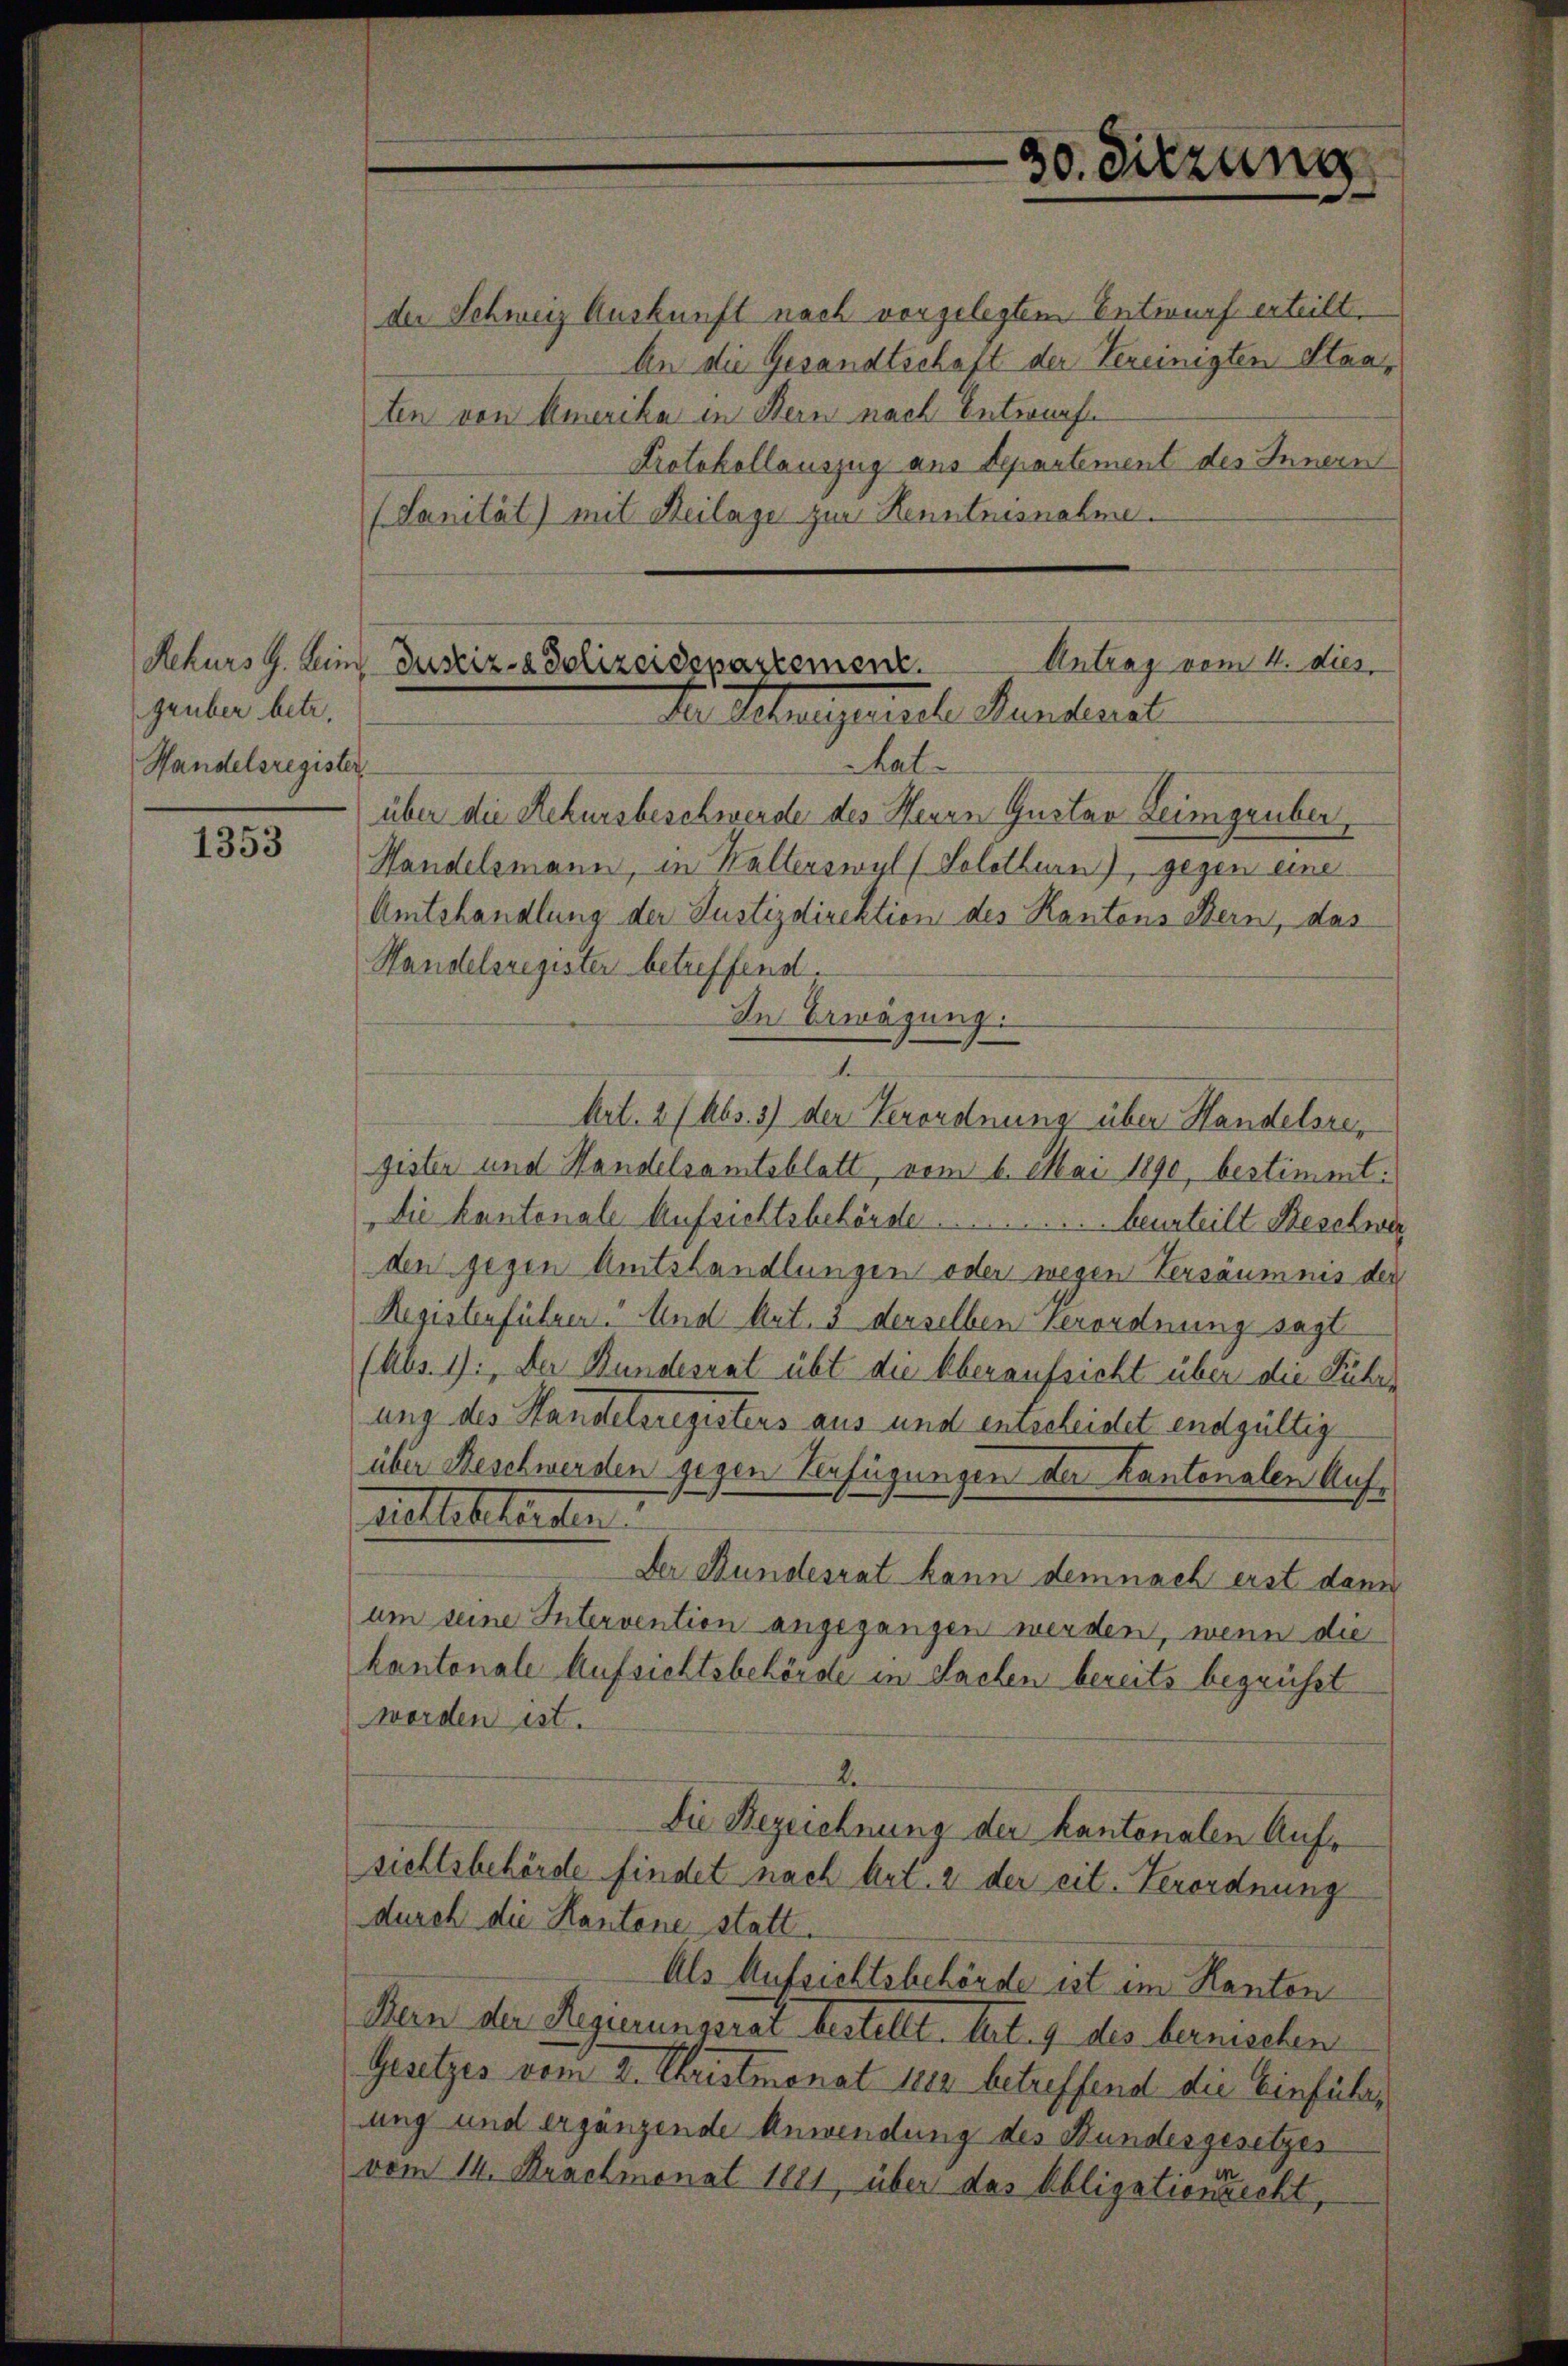
Rekurs G. Heim,
grüber betr.
Handelsregister

1353

der Schweiz Auskunft nach vorgelegtem Entwurf erteilt.
An die Gesandtschaft der Vereinigten Staaten von Amerika in Bern nach Entwurfe
Protokollauszug aus Departement des Innern
(Sanität) mit Beilage zur Kenntnisnahme.
Handelsmann, in Walterswyl (Solothurn), gegen eine
Amtshandlung der Justizdirektion des Kantons Bern, das
Handelsregister betreffend.
In Erwägung
1
Art. 27 Abs. 3) der Verordnung über Handelsregisten und Handelsamtsblatt, vom 6. Mai 1890, bestimmt:
Die kantonale Aufsichtsbehörde . . . . . . . . . . . . . . . . . . . . . . beurteilt Beschwer
den gegen Amtshandlungen oder wegen Versäumnis der
Registenführen. Und Ant. 3 derselben Verordnung sagt
(Abs. 1. Der Bundesrat übt die Überaufsicht über die Führe
ung des Handelsregisters aus und entscheidet endgültig
über Beschwerden gegen Verfügungen der Kantonalen Auf¬
Ratlebetenden.
Der Bundesrat kann demnach erst dann
um seine Intervention angegangen werden, wenn die
kantonale Aufsichtsbehörde in Sachen bereits begrüsst
worden ist.
2
Die Bezeichnung der kantonalen Aufs
sichtsbehörde findet nach Art. 2 der eit. Verordnung
durch die Kantone statt.
Als Aufsichtsbehörde ist im Kanton
Bern der Regierungsrat bestellt. tat. 9 des bernischen
Gesetzes vom 2. Christmonat 1883 betreffend die Einführ,
ung und ergänzende Anwendung des Bundesgesetzes
vom 14. Brachmonat 1881, über das Obligationsrecht

Antrag vom 4. dies
Justiz- & Polizeidepartement.
Dr Schulgesehe Kantonal
Thal-
über die Rekursbeschwerde des Herrn Gustav Leimgruber,

30. Sitzung